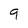
Character: 9